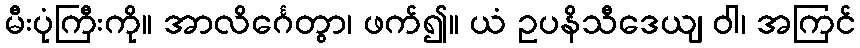
မီးပုံကြီးကို။ အာလိင်္ဂေတွာ၊ ဖက်၍။ ယံ ဥပနိသီဒေယျ ဝါ၊ အကြင်